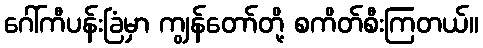
ဂေါ်ကီပန်းခြံမှာ ကျွန်တော်တို့ စကိတ်စီးကြတယ်။